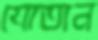
যোতান